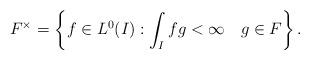
LaTeX: \begin{align*}F^\times = \left\{f\in L^0(I): \int_I f g < \infty \ \ \ g\in F\right\}.\end{align*}